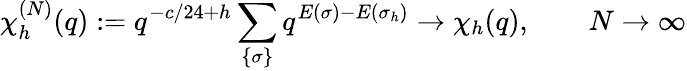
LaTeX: \chi_{h}^{(N)}(q):=q^{-c/24+h}\sum_{\{ \sigma\} }q^{E(\sigma)-E(\sigma_{h})}\to\chi_{h}(q),\qquad N\to\infty